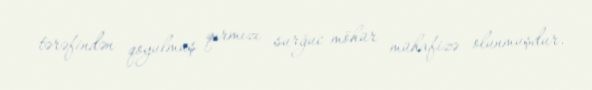
tərəfindən qoyulmuş qırmızı surğuc möhür mühafizə olunmuşdur.